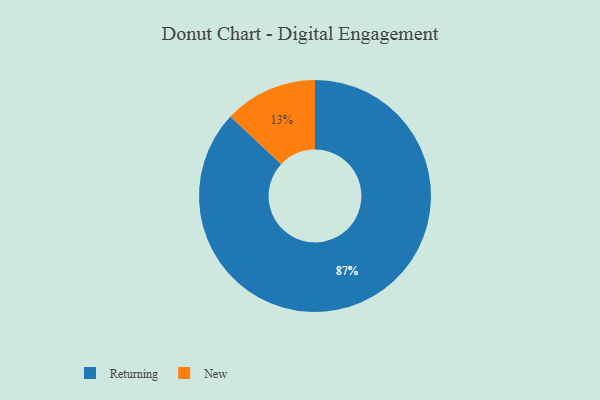
{"axis": {"x": "Category", "y": "Percentage"}, "legend": ["New", "Returning"], "data": [{"x": "New", "y": 13, "type": "New"}, {"x": "Returning", "y": 87, "type": "Returning"}]}